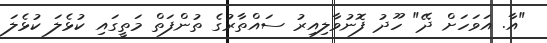
"އާ. އަވަހަށް ދޭ" ހޫދު ފޮނުވާލިއިރު ސައްތާރުގެ ތުންފަތް މަތީގައި ކުޅެލަ ކުޅެލަ